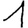
Digit: 1